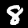
Digit: 8